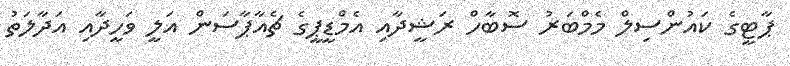
ޕާޓީގެ ކައުންސިލް މެމްބަރު ސޮބާހް ރަޝީދާއި އެމްޑީޕީގެ ޗެއާޕާސަން އަލީ ވަހީދާއި އަދާލަތު